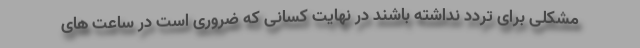
مشکلی برای تردد نداشته باشند در نهایت کسانی که ضروری است در ساعت های